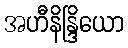
အဟီနိန္ဒြိယော